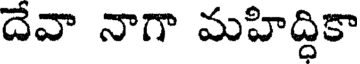
దేవా నాగా మహిద్ధికా